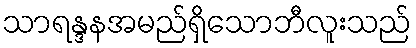
သာရန္ဒနအမည်ရှိသောဘီလူးသည်